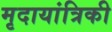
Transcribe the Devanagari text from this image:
मृदायांत्रिकी